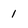
Character: 1